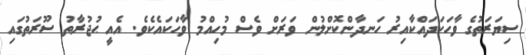
ސިޔަރަތުގެ ވާހަކަދައްކާއިރު ހަނދާންކޮށްލުން ވަރަށް ވެސް މުހިއްމު ވާހަކައެކެވެ. އެއީ ޙުޖުރާތު ސޫރަތުގައި